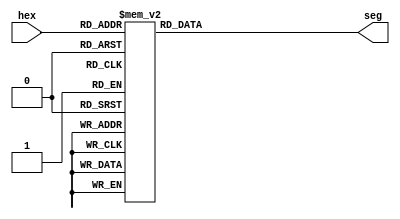
//Hex to 7-segment display code converter

module display_hex (
	input [3:0] hex,
	output reg [0:6] seg
);

//012_3456 (segments are active-low)
parameter ZERO = 7'b100_0000;
parameter ONE = 7'b111_1001;
parameter TWO = 7'b010_0100;
parameter THREE = 7'b011_0000;
parameter FOUR = 7'b001_1001;
parameter FIVE = 7'b001_0010;
parameter SIX = 7'b000_0010;
parameter SEVEN = 7'b111_1000;
parameter EIGHT = 7'b000_0000;
parameter NINE = 7'b001_1000;
parameter A = 7'b000_1000;
parameter B = 7'b000_0011;
parameter C = 7'b100_0110;
parameter D = 7'b010_0001;
parameter E = 7'b000_0110;
parameter F = 7'b000_1110;

always @(hex)

case (hex)
	0: seg = ZERO;
	1: seg = ONE;
	2: seg = TWO;
	3: seg = THREE;
	4: seg = FOUR;
	5: seg = FIVE;
	6: seg = SIX;
	7: seg = SEVEN;
	8: seg = EIGHT;
	9: seg = NINE;
	10: seg = A;
	11: seg = B;
	12: seg = C;
	13: seg = D;
	14: seg = E;
	15: seg = F;
endcase

endmodule